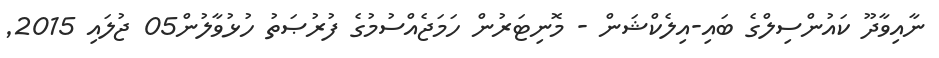
ނާއިވާދޫ ކައުންސިލްގެ ބައި-އިލެކްޝަން - މޮނިޓަރުން ހަމަޖެއްސުމުގެ ފުރުޞަތު ހުޅުވާލުން05 ޖުލައި 2015